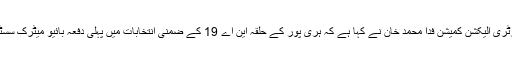
2015ء) ایڈیشنل سیکرٹری الیکشن کمیشن فدا محمد خان نے کہا ہے کہ ہری پور کے حلقہ این اے 19 کے ضمنی انتخابات میں پہلی دفعہ بائیو میٹرک سسٹم کا استعمال ہورہا ہے۔